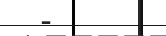
-